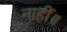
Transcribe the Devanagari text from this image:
नाहीं॥